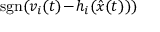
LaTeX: \operatorname { s g n } ( v _ { i } ( t ) \! - \! h _ { i } ( { \hat { x } } ( t ) ) )